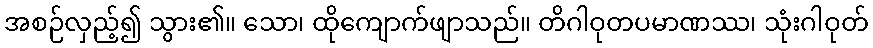
အစဉ်လှည့်၍ သွား၏။ သော၊ ထိုကျောက်ဖျာသည်။ တိဂါဝုတပမာဏဿ၊ သုံးဂါဝုတ်